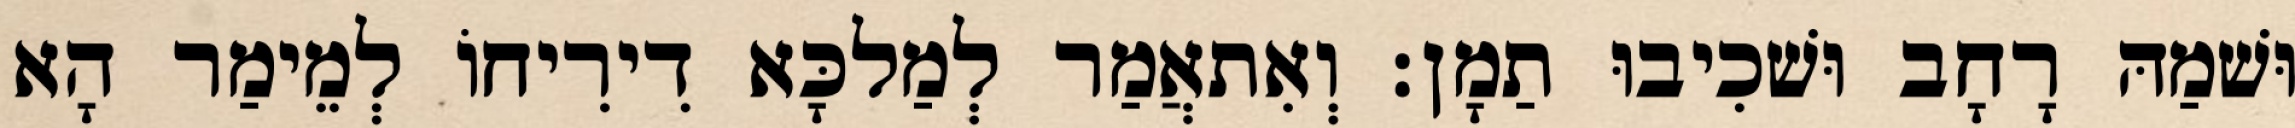
וּשׁמַהּ רָחָב וּשׁכִיבוּ תַמָן׃ וְאִתאֲמַר לְמַלכָּא דִירִיחוֹ לְמֵימַר הָא